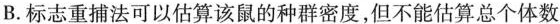
B.标志重捕法可以估算该鼠的种群密度，但不能估算总个体数